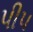
પીપ